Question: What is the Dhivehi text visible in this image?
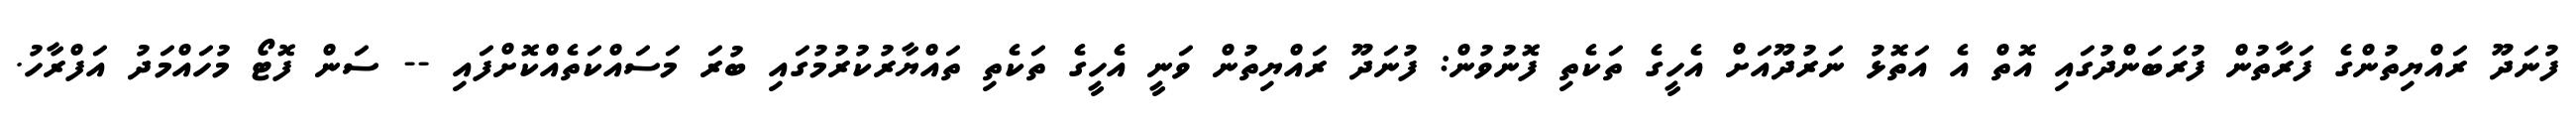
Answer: ފުނަދޫ ރައްޔިތުންގެ ފަރާތުން ފުރަބަންދުގައި އޮތް އެ އަތޮޅު ނަރުދޫއަށް އެހީގެ ތަކެތި ފޮނުވުން: ފުނަދޫ ރައްޔިތުން ވަނީ އެހީގެ ތަކެތި ތައްޔާރުކުރުމުގައި ބުރަ މަސައްކަތެއްކޮށްފައި -- ސަން ފޮޓޯ މުހައްމަދު އަފްރާހު.